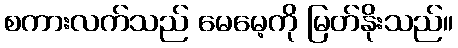
စကားလက်သည် မေမေ့ကို မြတ်နိုးသည်။